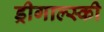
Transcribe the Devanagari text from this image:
ड्रीगाल्स्की